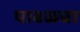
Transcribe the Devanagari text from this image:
पाबळचा